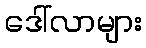
ဒေါ်လာများ